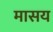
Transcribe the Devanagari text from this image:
मासय